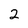
Character: 2